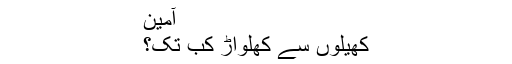
آمین
کھیلوں سے کھلواڑ کب تک؟